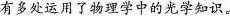
有多处运用了物理学中的光学知识。